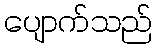
ပျောက်သည်